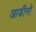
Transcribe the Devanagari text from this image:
आडीनो